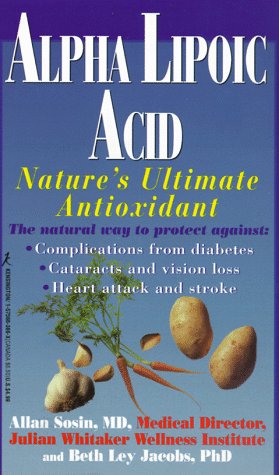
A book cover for Alpha Lipoic Acid: Nature's Ultimate Antioxidant; Allan E. Sosin; Health, Fitness & Dieting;